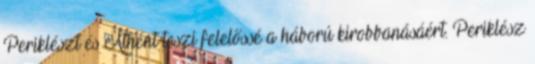
Periklészt és Athént teszi felelőssé a háború kirobbanásáért. Periklész